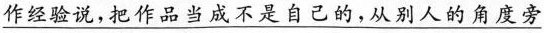
\underline{作经验说，把作品当成不是自己的，从别人的角度旁}